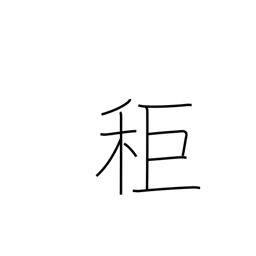
Meaning: a type of millet